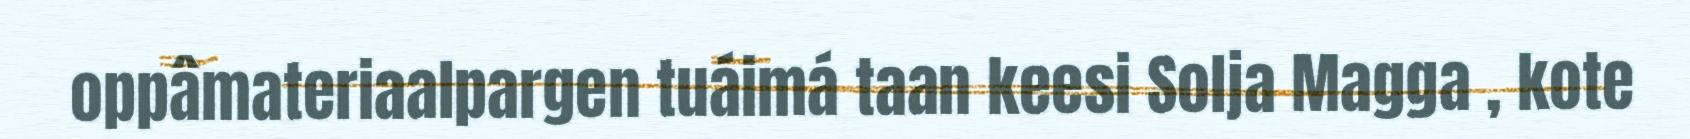
oppâmateriaalpargen tuáimá taan keesi Solja Magga , kote